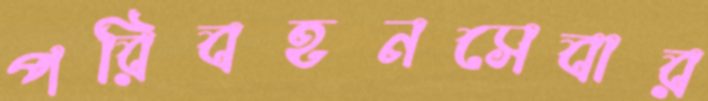
পরিবহনসেবার